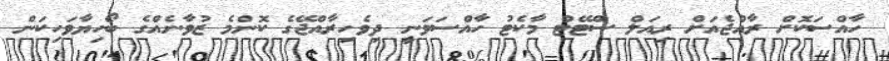
ހާއްސަކޮށް ރާއްޖެއަށް ރިއަލް ސްޓޭޓް މާކެޓު ހާއްސަވަނީ ދިވެހިރާއްޖޭގެ ކޮންމެ ޒުވާނެއްގެ ބޯހިޔާވަހިކަން